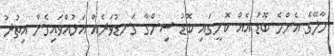
މާލޭގެ އެންމެ ބޮޑު އެއް ކޮށީގައި ބޮޑު ސިންގާ ގަނޑުވަރެއް އަޅުއްވައިގެން އިތުރު